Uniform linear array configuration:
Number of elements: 32
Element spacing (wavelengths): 0.5
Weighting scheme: hann
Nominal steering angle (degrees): -15
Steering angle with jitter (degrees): -15.139
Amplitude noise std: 0.05
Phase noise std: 0.05

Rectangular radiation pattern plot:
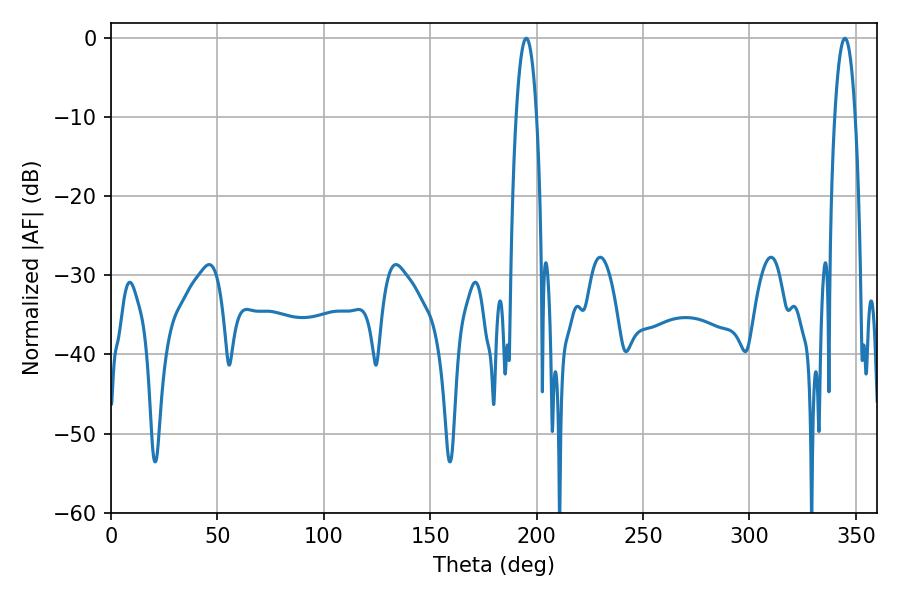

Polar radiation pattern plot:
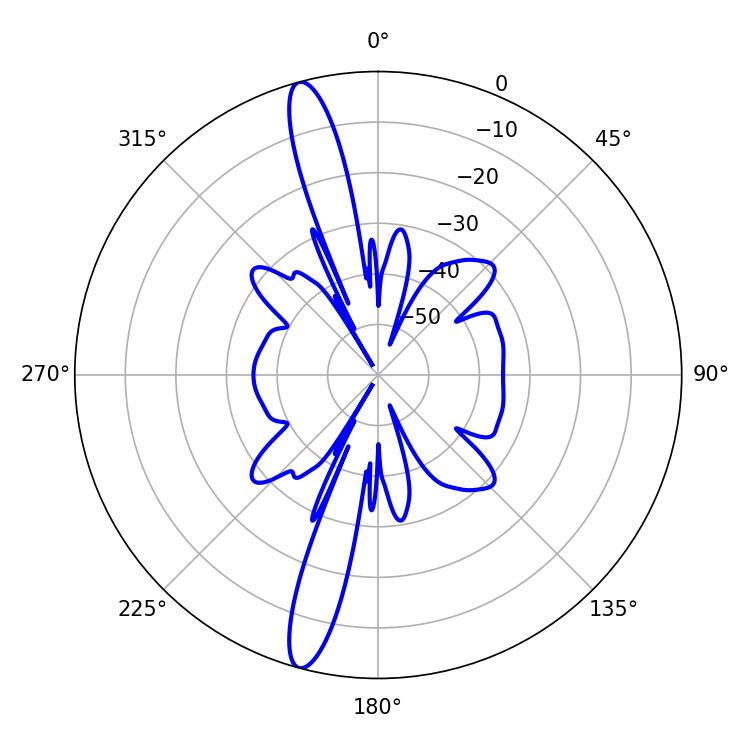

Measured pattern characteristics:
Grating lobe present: FALSE
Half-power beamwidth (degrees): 5.4
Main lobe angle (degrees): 195.12